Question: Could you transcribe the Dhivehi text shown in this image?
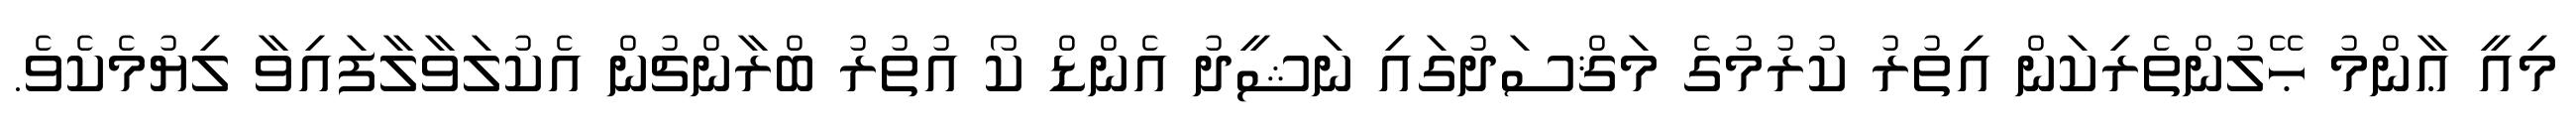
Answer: މިއީ ޢާންމު ޙޭލުންތެރިކަން އިތުރު ކުރުމުގެ މަޤްސަދުގައި ނަޝީދު އެންޑް ކޯ އުތުރު ބްރާންޗުން އެކުލަވާލާފައިވާ ލިޔުމެކެވެ.